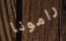
رامونا